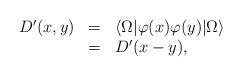
LaTeX: \begin{align*}\begin{array}{rcl}D^{\prime}(x,y)&=&\langle\Omega|\varphi(x)\varphi(y)|\Omega\rangle\\&=&D^{\prime}(x-y), \end{array}\end{align*}